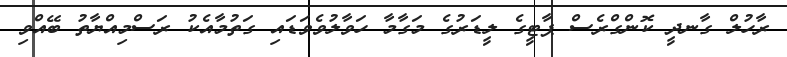
ރާހުލް ގާނދީ ކޮންގްރެސް ޕާޓީގެ ލީޑަރުގެ މަގާމާ ހަވާލުވެވަޑައި ގަތުމާއެކު ރަސްމިއްޔާތު ބޭއްވި